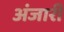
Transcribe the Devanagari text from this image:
अंजारी